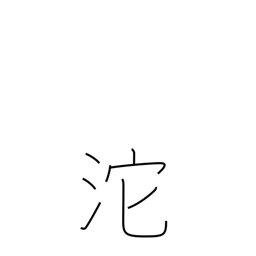
Meaning: flowing of tears